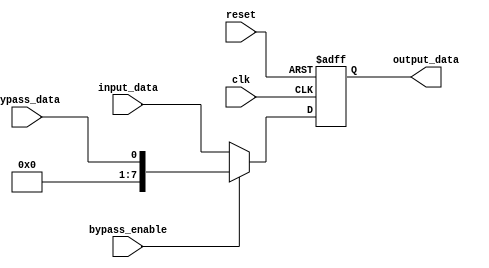
module bypass_register (
    input wire clk,
    input wire reset,
    input wire [7:0] input_data,
    input wire bypass_enable,
    input wire bypass_data,
    output reg [7:0] output_data
);

reg [7:0] register_data;

always @(posedge clk or posedge reset) begin
    if (reset) begin
        register_data <= 8'b0;
    end else begin
        if (bypass_enable) begin
            register_data <= bypass_data;
        end else begin
            register_data <= input_data;
        end
    end
end

assign output_data = register_data;

endmodule